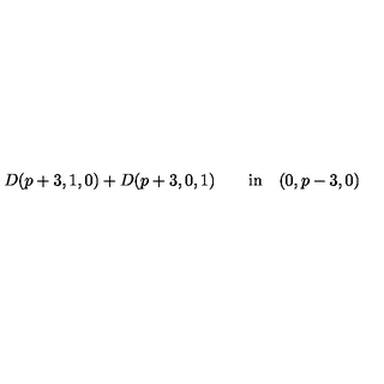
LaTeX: D ( p + 3 , 1 , 0 ) + D ( p + 3 , 0 , 1 ) \qquad \mathrm { i n } \quad ( 0 , p - 3 , 0 )